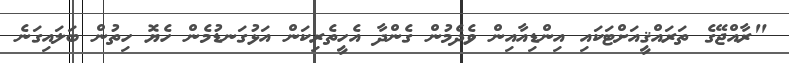
"ރާއްޖޭގެ ތަރައްޤީއަށްޓަކައި އިންޑިއާއިން ވެދެމުން ގެންދާ އެހީތެރިކަން އަޅުގަނޑުމެން ހެޔޮ ހިތުން ބަލައިގަނެ